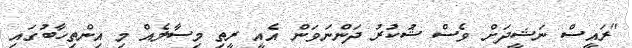
"ރައީސް ނަޝީދަށް ވެސް ޝުކުރު ދަންނަވަން އެއީ ރީތި މިސާލެއް މި އިންތިހާބުގައި